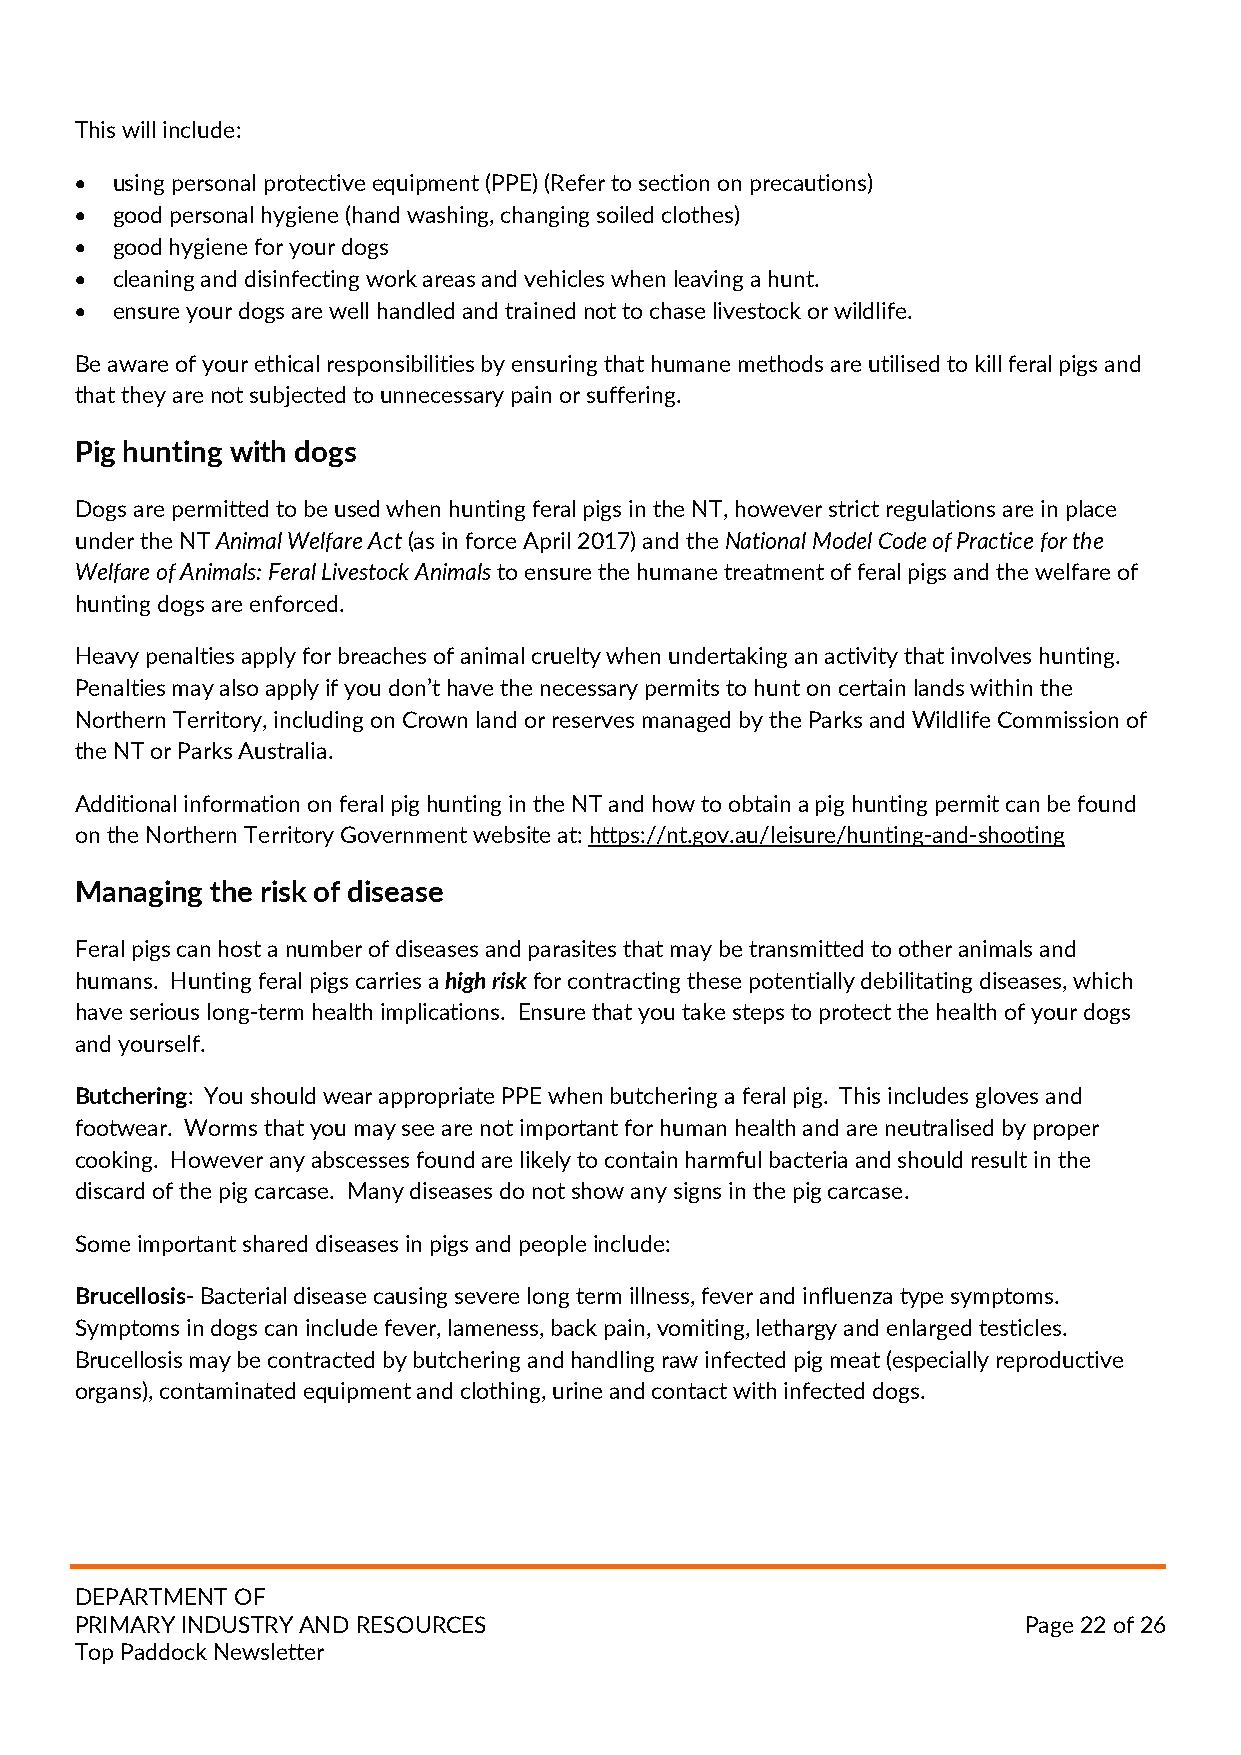
This will include:
 • using personal protective equipment (PPE) (Refer to section on precautions)
 • good personal hygiene (hand washing, changing soiled clothes)
 • good hygiene for your dogs
 • cleaning and disinfecting work areas and vehicles when leaving a hunt.
 • ensure your dogs are well handled and trained not to chase livestock or wildlife.
 Be aware of your ethical responsibilities by ensuring that humane methods are utilised to kill feral pigs and
 that they are not subjected to unnecessary pain or suffering.
 Pig hunting with dogs
 Dogs are permitted to be used when hunting feral pigs in the NT, however strict regulations are in place
 under the NT Animal Welfare Act (as in force April 2017) and the National Model Code of Practice for the
 Welfare of Animals: Feral Livestock Animals to ensure the humane treatment of feral pigs and the welfare of
 hunting dogs are enforced.
 Heavy penalties apply for breaches of animal cruelty when undertaking an activity that involves hunting.
 Penalties may also apply if you don’t have the necessary permits to hunt on certain lands within the
 Northern Territory, including on Crown land or reserves managed by the Parks and Wildlife Commission of
 the NT or Parks Australia.
 Additional information on feral pig hunting in the NT and how to obtain a pig hunting permit can be found
 on the Northern Territory Government website at: https://nt.gov.au/leisure/hunting-and-shooting
 Managing the risk of disease
 Feral pigs can host a number of diseases and parasites that may be transmitted to other animals and
 humans. Hunting feral pigs carries a high risk for contracting these potentially debilitating diseases, which
 have serious long-term health implications. Ensure that you take steps to protect the health of your dogs
 and yourself.
 Butchering: You should wear appropriate PPE when butchering a feral pig. This includes gloves and
 footwear. Worms that you may see are not important for human health and are neutralised by proper
 cooking. However any abscesses found are likely to contain harmful bacteria and should result in the
 discard of the pig carcase. Many diseases do not show any signs in the pig carcase.
 Some important shared diseases in pigs and people include:
 Brucellosis- Bacterial disease causing severe long term illness, fever and influenza type symptoms.
 Symptoms in dogs can include fever, lameness, back pain, vomiting, lethargy and enlarged testicles.
 Brucellosis may be contracted by butchering and handling raw infected pig meat (especially reproductive
 organs), contaminated equipment and clothing, urine and contact with infected dogs.
 DEPARTMENT OF
 PRIMARY INDUSTRY AND RESOURCES                                 Page 22 of 26
 Top Paddock Newsletter